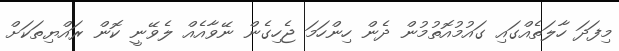
މިފަދަ ހާލަތެއްގައި ގައުމުއޮތުމުން ދެން ހިންހަމަ ޖެހިގެން ނޭވާއެއް ލެވޭނީ ކޮން ރައްޔިތަކަށް